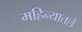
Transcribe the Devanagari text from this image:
महिन्यातले